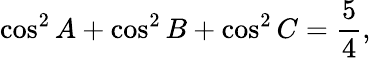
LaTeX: \cos^{2}A+\cos^{2}B+\cos^{2}C={\frac{5}{4}},